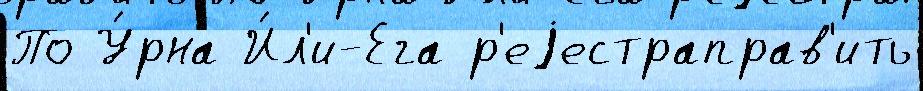
По У́рна И́л'и-Ега р'еjестраправ'ить